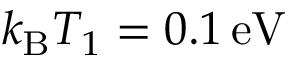
{ k _ { \mathrm B } T _ { 1 } = 0 . 1 \, \mathrm { e V } }